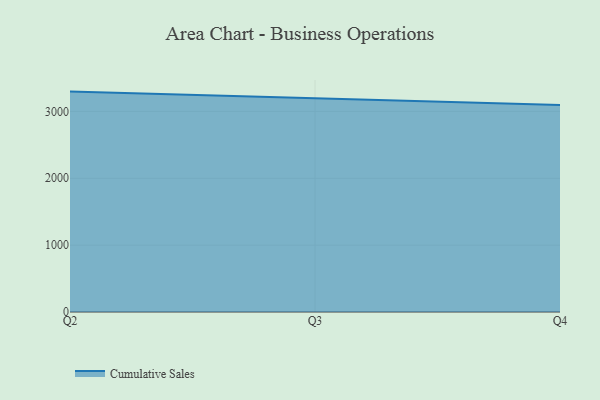
{"axis": {"x": "Quarter", "y": "Gross Profit (USD K)"}, "legend": ["Cumulative Sales"], "data": [{"x": "Q2", "y": 3296.4, "type": "Cumulative Sales"}, {"x": "Q3", "y": 3198.5, "type": "Cumulative Sales"}, {"x": "Q4", "y": 3096.0, "type": "Cumulative Sales"}]}